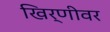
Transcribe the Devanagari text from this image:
खिर्णीवर